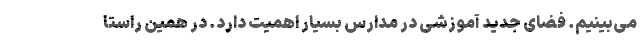
می‌بینیم. فضای جدید آموزشی در مدارس بسیار اهمیت دارد. در همین راستا